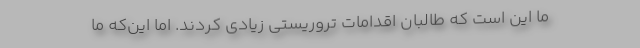
ما این است که طالبان اقدامات تروریستی زیادی کردند. اما این‌که ما